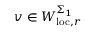
v \in W _ { \mathrm { l o c } , r } ^ { \Sigma _ { 1 } }